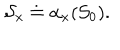
{ \cal S } _ { x } \doteq \alpha _ { x } ( { \cal S } _ { 0 } ) .